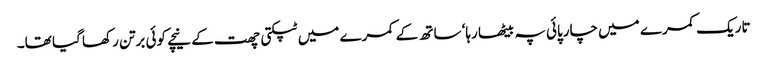
تاریک کمرے میں چارپائی پہ بیٹھا رہا‘ ساتھ کے کمرے میں ٹپکتی چھت کے نیچے کوئی برتن رکھا گیا تھا۔